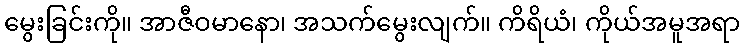
မွေးခြင်းကို။ အာဇီဝမာနော၊ အသက်မွေးလျက်။ ကိရိယံ၊ ကိုယ်အမူအရာ